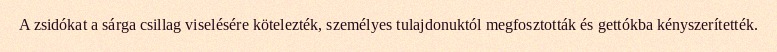
A zsidókat a sárga csillag viselésére kötelezték, személyes tulajdonuktól megfosztották és gettókba kényszerítették.